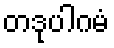
တဒုပါဂမံ